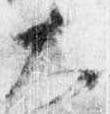
大